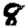
Digit: 8